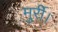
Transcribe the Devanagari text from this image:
मुर्री।